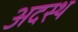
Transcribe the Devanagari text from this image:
अदस्थ